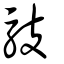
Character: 馶